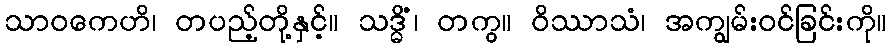
သာဝကေဟိ၊ တပည့်တို့နှင့်။ သဒ္ဓိံ၊ တကွ။ ဝိဿာသံ၊ အကျွမ်းဝင်ခြင်းကို။